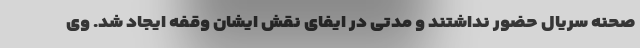
صحنه سریال حضور نداشتند و مدتی در ایفای نقش ایشان وقفه ایجاد شد. وی